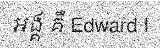
អង្គ គឺ Edward I